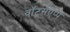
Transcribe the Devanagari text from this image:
वॉट्सएप्प